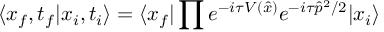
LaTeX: \langle x _ { f } , t _ { f } | x _ { i } , t _ { i } \rangle = \langle x _ { f } | \prod e ^ { - i \tau V ( \hat { x } ) } e ^ { - i \tau \hat { p } ^ { 2 } / 2 } | x _ { i } \rangle